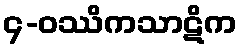
၄-ဝဿိကသာဋိက